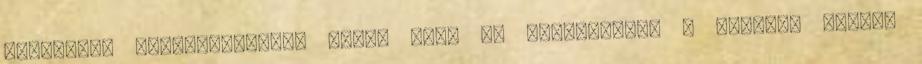
szükséges intézkedéseket tegye meg. 4. Tájékoztató a KANIZSA USZODA